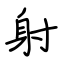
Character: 射